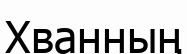
Хванның